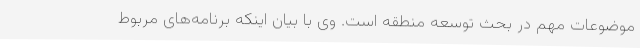
موضوعات مهم در بحث توسعه منطقه است. وی با بیان اینکه برنامه‌های مربوط